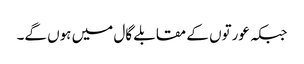
جبکہ عورتوں کے مقابلے گال میں ہوں گے۔